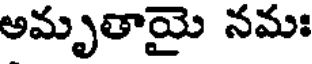
అమృతాయై నమః